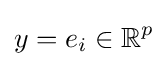
y=e_{i}\in \mathbb {R} ^{p}